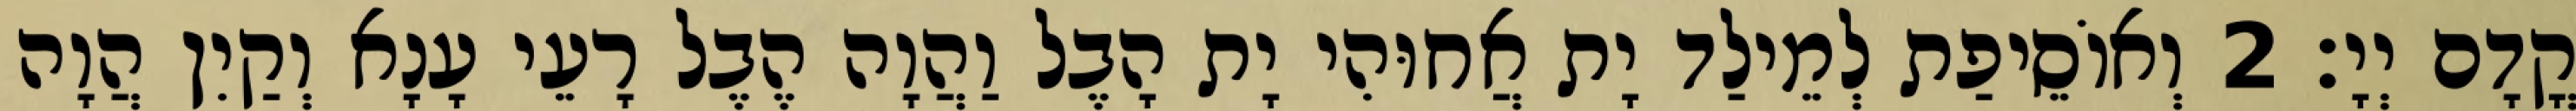
קֳדָם יְיָ׃ 2 וְאוֹסֵיפַת לְמֵילַד יָת אֲחוּהִי יָת הָבֶל וַהֲוָה הֶבֶל רָעֵי עָנָא וְקַיִן הֲוָה